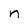
Character: n